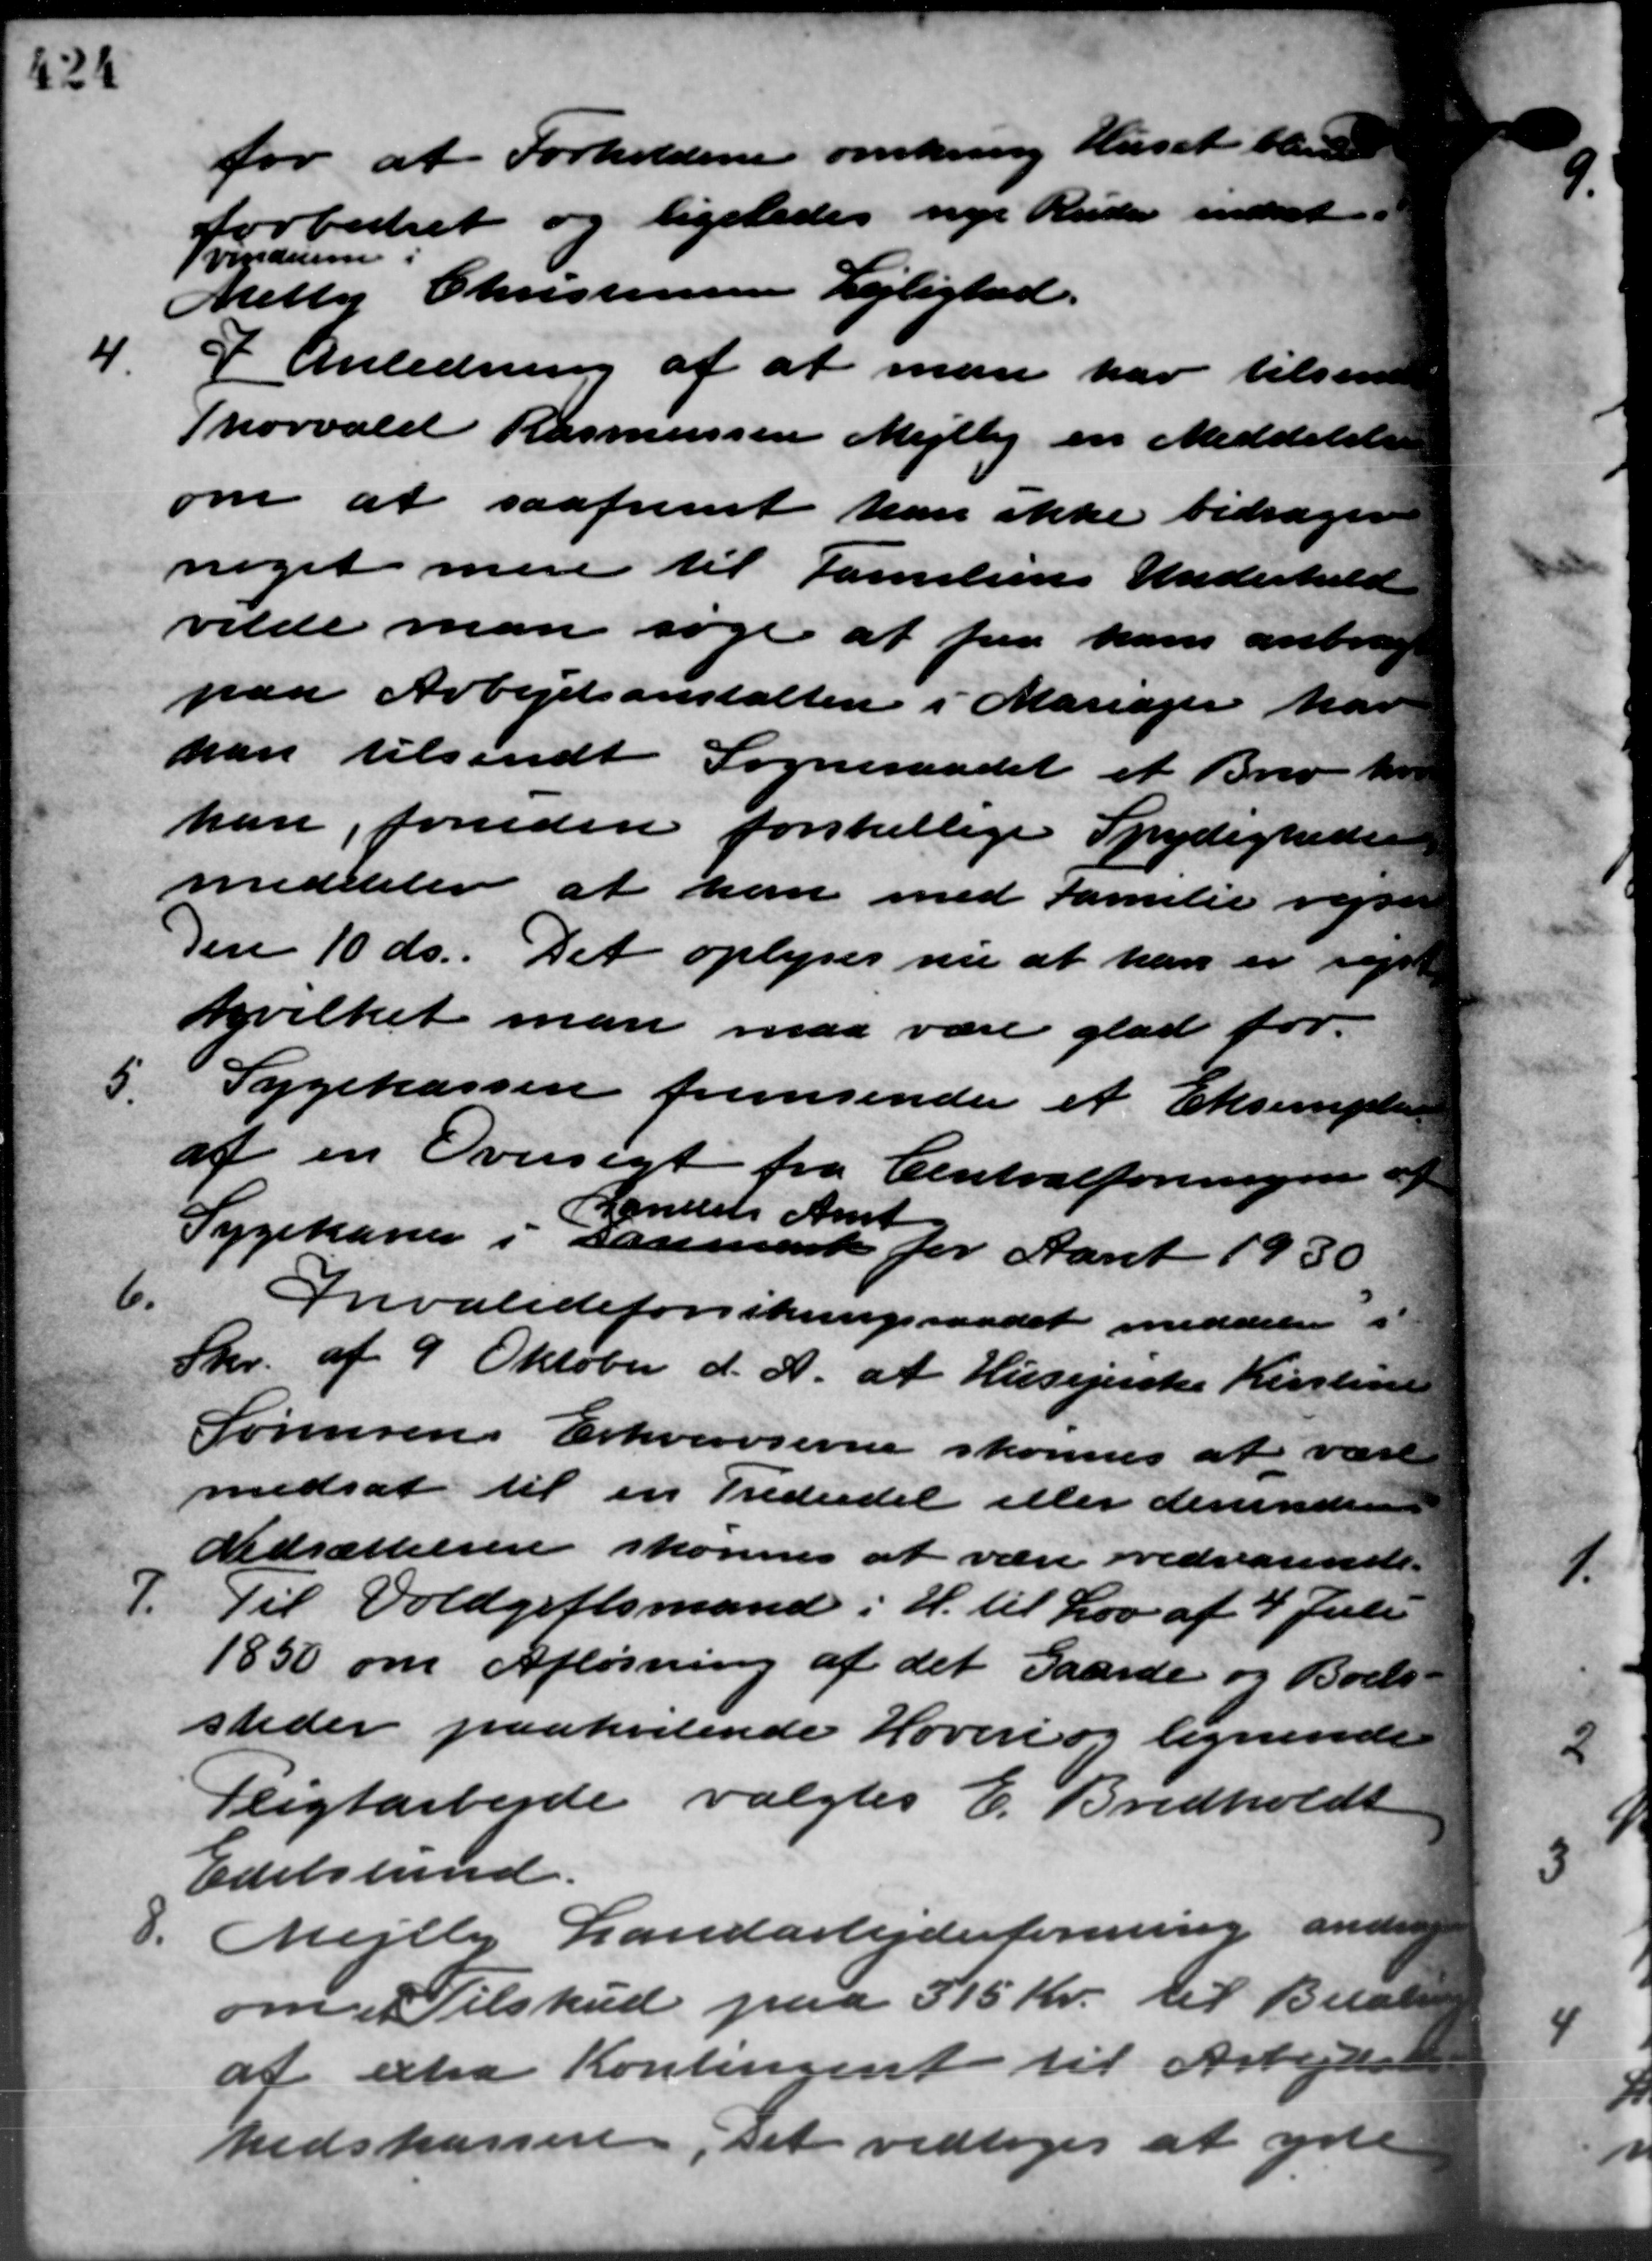
Transskription:
for at Forholdene omkring Huset bleve
forbedret og ligeledes nye Ruder indsat
Svindue
Metty Christensen Lejlighed.
4.
I Anledning af at man har tilsen
Thorvald Rasmussen Mejlby en Meddelelse
om at saafremt han ikke bidragen
noget mere til Familiens Underhold
vilde man søge at faa ham anbragt
paa Arbejdsanstalten i Mariager har
han tilsendt Sogneraadet et Brev ho
han, foruden forskellige Spydigheden
meddeler at han med Familie rejsen
Den 10 ds. Det oplyses nu at han er rejst
hvilket man maa være glad for
5.
Sygekassen fremsender et Eksempler
af en Oversigt fra Centralforeningen af
Sygekassen i sammerk for Aaret 1930
Landets Amt
6.
Invalideforsikringsraadet meddeler i
Skr. af 9 Oktober d. A. at Husejerske Kirstine
Sørensens Erhvervsevne skønnes at være
medsat til en Trediedel eller derunder
Nedsættelsen skønnes at være vedvarende
7.
Til Voldgiftsmand i H. til Lov af 4 Juli
1850 om Afløsning af det Gaarde og Boels-
steder paahvilende Hoveri og lignende
Pligtarbejde valgtes E. Bredholdt
Edelslund.

Mejlby Landarbejderforening anden
om Tilskud paa 515 Kr. til Beløb
af extra Kontingent til Arbejdsl
hedskasser, set vedtoges at yde